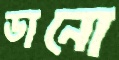
ডানো